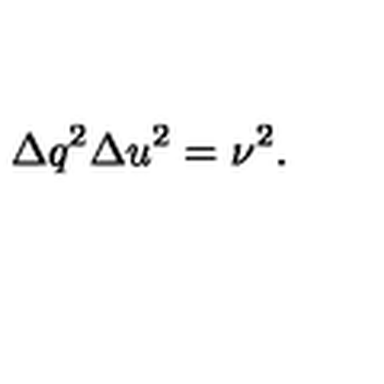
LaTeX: { \Delta q } ^ { 2 } { \Delta u } ^ { 2 } = \nu ^ { 2 } .